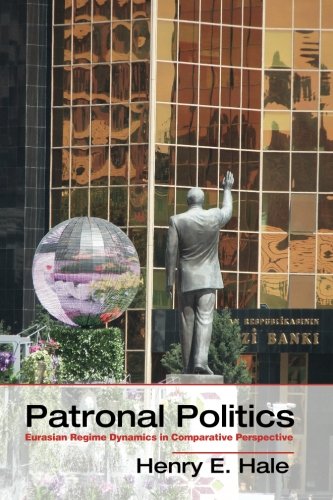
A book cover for Patronal Politics: Eurasian Regime Dynamics in Comparative Perspective (Problems of International Politics); Henry E. Hale; Law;